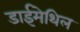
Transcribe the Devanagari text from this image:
डाईमेथिल